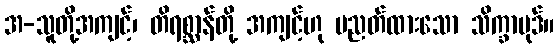
အ-သူတို့အကျင့်၊ တိရစ္ဆာန်တို့ အကျင့်ဟု ပညတ်ထားသော သိက္ခာပုဒ်။